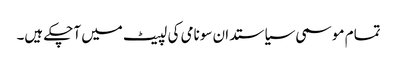
تمام موسمی سیاستدان سونامی کی لپیٹ میں آچکے ہیں۔